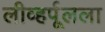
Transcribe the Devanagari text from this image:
लीव्हर्पूलला